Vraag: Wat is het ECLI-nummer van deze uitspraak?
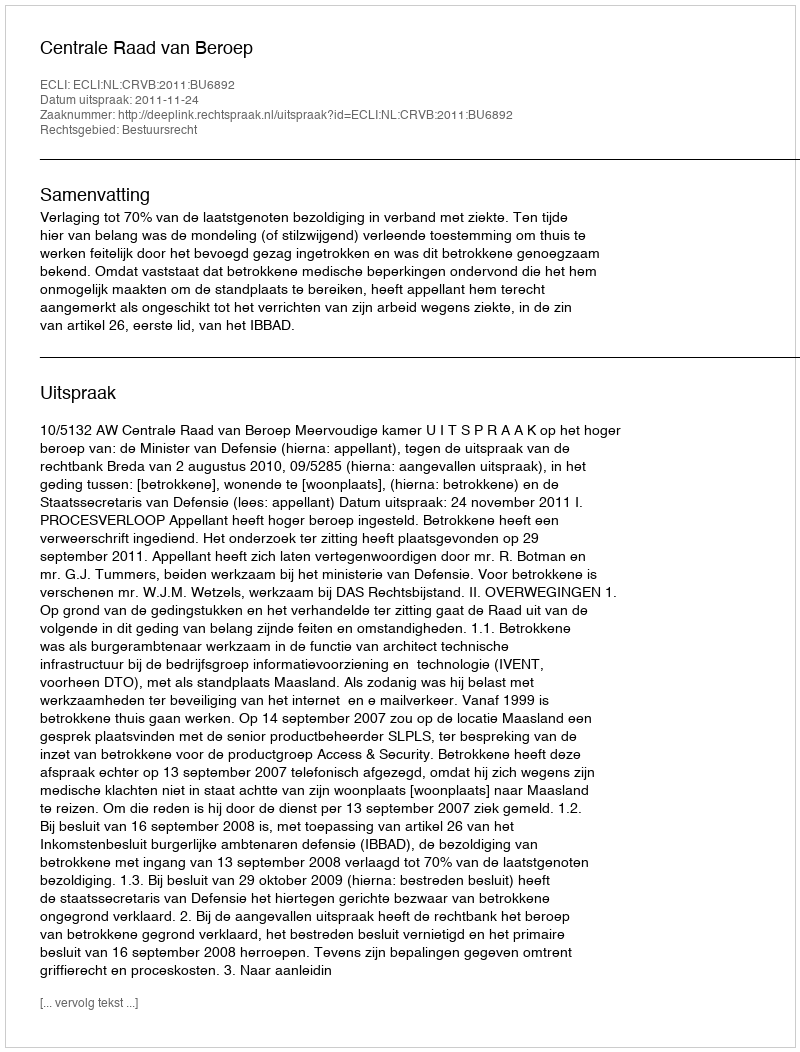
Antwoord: ECLI:NL:CRVB:2011:BU6892